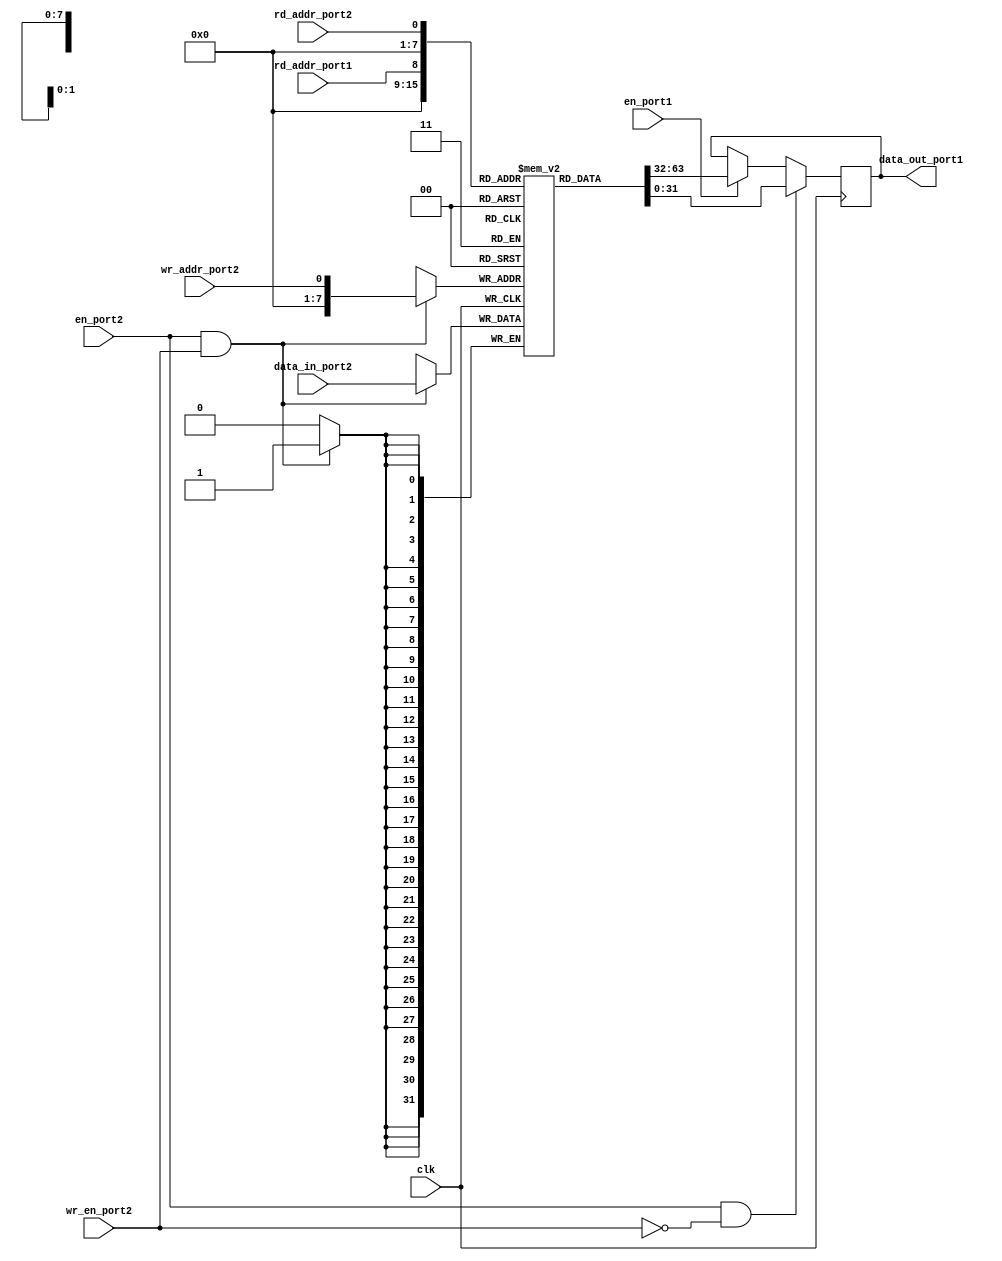
module dual_port_ram (
    input wire clk,
    
    // Port 1
    input wire en_port1,
    input wire rd_addr_port1,
    output reg [31:0] data_out_port1,
    
    // Port 2
    input wire en_port2,
    input wire rd_addr_port2,
    input wire wr_addr_port2,
    input wire wr_en_port2,
    input wire [31:0] data_in_port2
);

reg [31:0] memory [0:255];

always @(posedge clk) begin
    // Port 1 read operation
    if (en_port1) begin
        data_out_port1 <= memory[rd_addr_port1];
    end
    
    // Port 2 write operation
    if (en_port2 && wr_en_port2) begin
        memory[wr_addr_port2] <= data_in_port2;
    end
    
    // Port 2 read operation
    if (en_port2 && !wr_en_port2) begin
        data_out_port1 <= memory[rd_addr_port2];
    end
end

endmodule